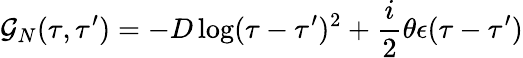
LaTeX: {\cal G}_{N}(\tau,\tau^{\prime})=-D\log(\tau-\tau^{\prime})^{2}+\frac i2\theta\epsilon(\tau-\tau^{\prime})